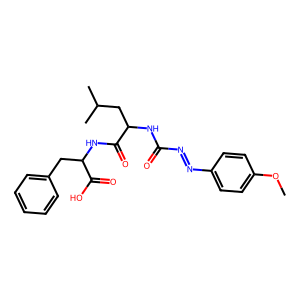
SMILES: COc1ccc(N=NC(=O)NC(CC(C)C)C(=O)NC(Cc2ccccc2)C(=O)O)cc1
Inhibits HIV replication: No